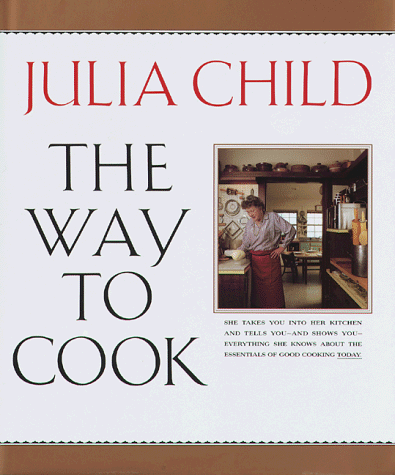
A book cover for The Way to Cook; Julia Child; Cookbooks, Food & Wine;